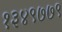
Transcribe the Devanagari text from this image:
१३४९७७९